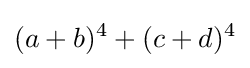
(a+b)^{4}+(c+d)^{4}